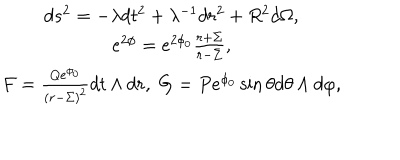
\begin{array} { c } { { d s ^ { 2 } = - \lambda d t ^ { 2 } + \lambda ^ { - 1 } d r ^ { 2 } + R ^ { 2 } d \Omega , } } \\ { { e ^ { 2 \phi } = e ^ { 2 \phi _ { 0 } } \frac { r + \Sigma } { r - \Sigma } , } } \\ { { F = \frac { Q e ^ { \phi _ { 0 } } } { ( r - \Sigma ) ^ { 2 } } d t \wedge d r , \; G = P e ^ { \phi _ { 0 } } \sin \theta d \theta \wedge d \varphi , } } \\ \end{array}